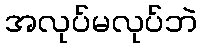
အလုပ်မလုပ်ဘဲ